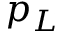
p _ { L }